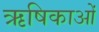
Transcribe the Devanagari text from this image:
ऋषिकाओं